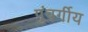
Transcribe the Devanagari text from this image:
पुंवर्गीय